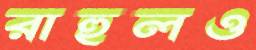
রাহুলও